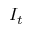
I _ { t }